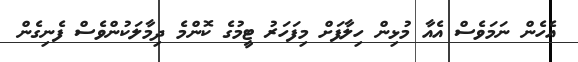
އެހެން ނަމަވެސް އެއާ މުޅިން ހިލާފަށް މިފަހަރު ޓީމުގެ ކޮންމެ ދިމާލަކުންވެސް ފެނިގެން